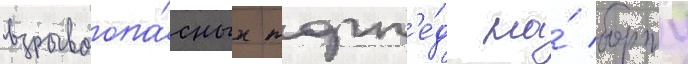
взрывоопа́сных торп'е́д на́ борту